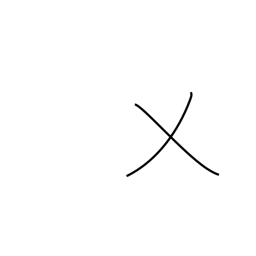
Meaning: cut grass